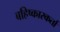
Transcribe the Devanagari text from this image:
बहिष्कारकर्ता